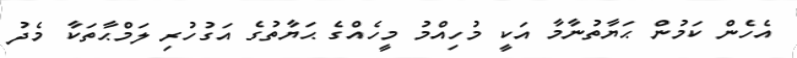
އެހެން ކަމުން ޙަޔާތުނާމާ އަކީ މުހިއްމު މީހެއްގެ ޙަޔާތުގެ އަގުހުރި ލަމްޙާތަކާ މެދު